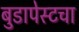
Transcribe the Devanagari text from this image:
बुडापेस्टचा